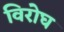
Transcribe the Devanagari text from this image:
विरोघ